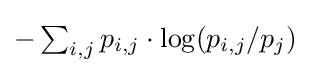
\textstyle -\sum _{i,j}p_{i,j}\cdot \log(p_{i,j}/p_{j})